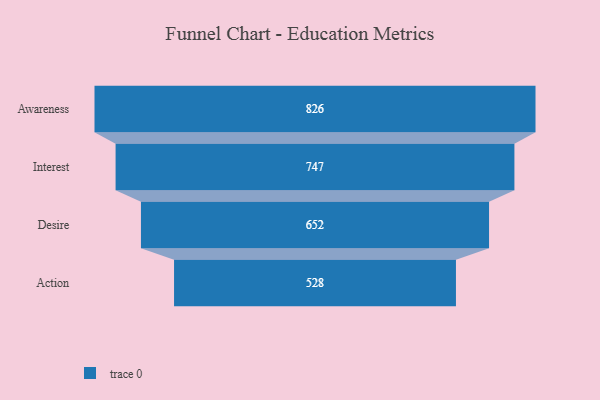
{"axis": {"x": "Stage", "y": "Value"}, "legend": [""], "data": [{"x": "Awareness", "y": 826.0, "type": ""}, {"x": "Interest", "y": 747.0, "type": ""}, {"x": "Desire", "y": 652.0, "type": ""}, {"x": "Action", "y": 528.0, "type": ""}]}